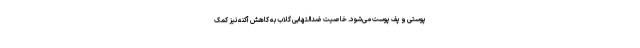
پوستی و پف پوست می‌شود. خاصیت ضدالتهابی گلاب به کاهش آکنه نیز کمک